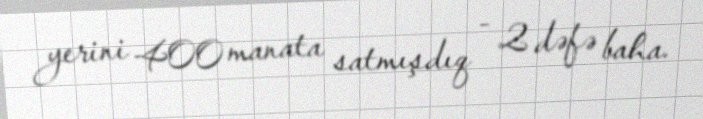
yerini 400 manata satmışdıq - 2 dəfə baha.